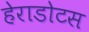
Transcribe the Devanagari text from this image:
हेराडोटस